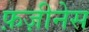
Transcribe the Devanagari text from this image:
फ़ज़ीनेस